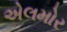
એલમોર